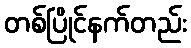
တစ်ပြိုင်နက်တည်း